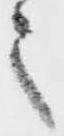
之